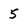
Character: 5